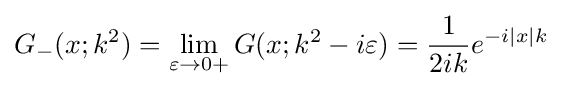
G_{-}(x;k^{2})=\lim _{\varepsilon \to 0+}G(x;k^{2}-i\varepsilon )={\frac {1}{2ik}}e^{-i|x|k}